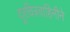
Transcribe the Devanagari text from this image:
दूरचित्रवाहिनीने